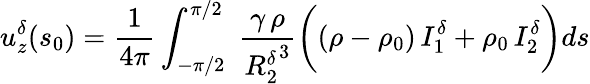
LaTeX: u_{z}^{\delta}(s_{0})=\frac{1}{4\pi}\int_{-\pi/2}^{\pi/2}\; \frac{\gamma\, \rho}{{R_{2}^{\delta}}^{3}}\bigg((\rho-\rho_{0})\, I_{1}^{\delta}+\rho_{0}\, I_{2}^{\delta}\bigg)ds